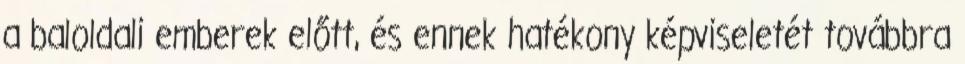
a baloldali emberek előtt, és ennek hatékony képviseletét továbbra